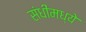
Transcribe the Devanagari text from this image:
संधींमध्ये